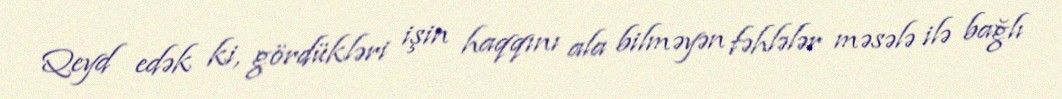
Qeyd edək ki, gördükləri işin haqqını ala bilməyən fəhlələr məsələ ilə bağlı